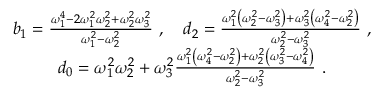
\begin{array} { c } { b _ { 1 } = \frac { \omega _ { 1 } ^ { 4 } - 2 \omega _ { 1 } ^ { 2 } \omega _ { 2 } ^ { 2 } + \omega _ { 2 } ^ { 2 } \omega _ { 3 } ^ { 2 } } { \omega _ { 1 } ^ { 2 } - \omega _ { 2 } ^ { 2 } } \ , \quad d _ { 2 } = \frac { \omega _ { 1 } ^ { 2 } \left( \omega _ { 2 } ^ { 2 } - \omega _ { 3 } ^ { 2 } \right) + \omega _ { 3 } ^ { 2 } \left( \omega _ { 4 } ^ { 2 } - \omega _ { 2 } ^ { 2 } \right) } { \omega _ { 2 } ^ { 2 } - \omega _ { 3 } ^ { 2 } } \ , } \\ { d _ { 0 } = \omega _ { 1 } ^ { 2 } \omega _ { 2 } ^ { 2 } + \omega _ { 3 } ^ { 2 } \frac { \omega _ { 1 } ^ { 2 } \left( \omega _ { 4 } ^ { 2 } - \omega _ { 2 } ^ { 2 } \right) + \omega _ { 2 } ^ { 2 } \left( \omega _ { 3 } ^ { 2 } - \omega _ { 4 } ^ { 2 } \right) } { \omega _ { 2 } ^ { 2 } - \omega _ { 3 } ^ { 2 } } \ . } \end{array}